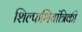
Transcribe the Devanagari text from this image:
शिल्पाभियांत्रिकी